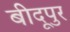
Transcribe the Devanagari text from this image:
बीदूपुर